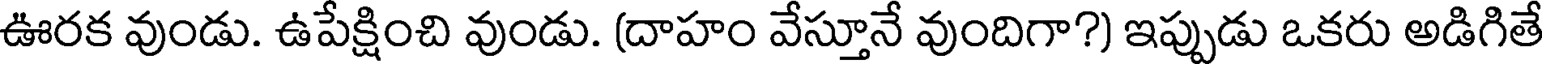
ఊరక వుండు. ఉపేక్షించి వుండు. (దాహం వేస్తూనే వుందిగా?) ఇప్పుడు ఒకరు అడిగితే